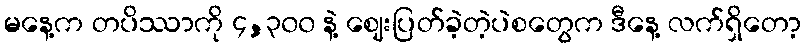
မနေ့က တပိဿာကို ၄,၃၀၀ နဲ့ ဈေးပြတ်ခဲ့တဲ့ပဲစတွေက ဒီနေ့ လက်ရှိတော့